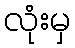
လုံးမှ